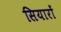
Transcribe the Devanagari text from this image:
सियारों